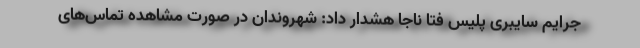
جرایم سایبری پلیس فتا ناجا هشدار داد: شهروندان در صورت مشاهده تماس‌های